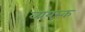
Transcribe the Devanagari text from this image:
व्ययस्क